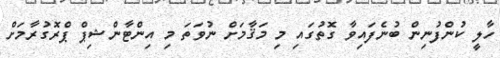
ހާލީ ކުންފުނިން ބުނެފައިވާ ގޮތުގައި މި މަޤާމަށް ނުވަތަ މި އިންޓާންޝިޕް ޕްރޮގުރާމަށް